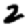
Digit: 2